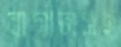
বাগানসহ